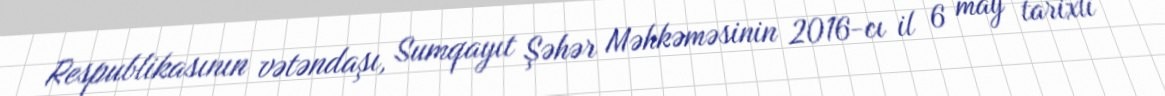
Respublikasının vətəndaşı, Sumqayıt Şəhər Məhkəməsinin 2016-cı il 6 may tarixli